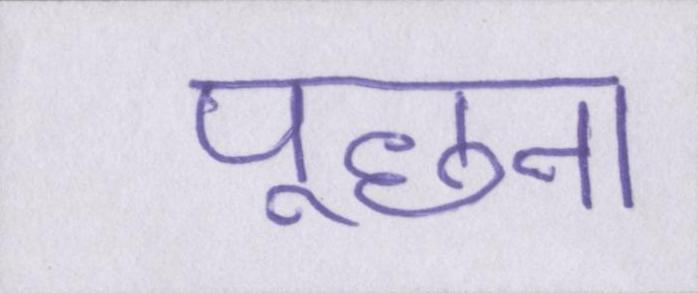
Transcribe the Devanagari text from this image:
पूछना